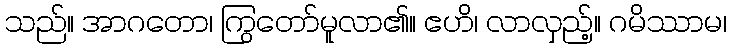
သည်။ အာဂတော၊ ကြွတော်မူလာ၏။ ဧဟိ၊ လာလှည့်။ ဂမိဿာမ၊